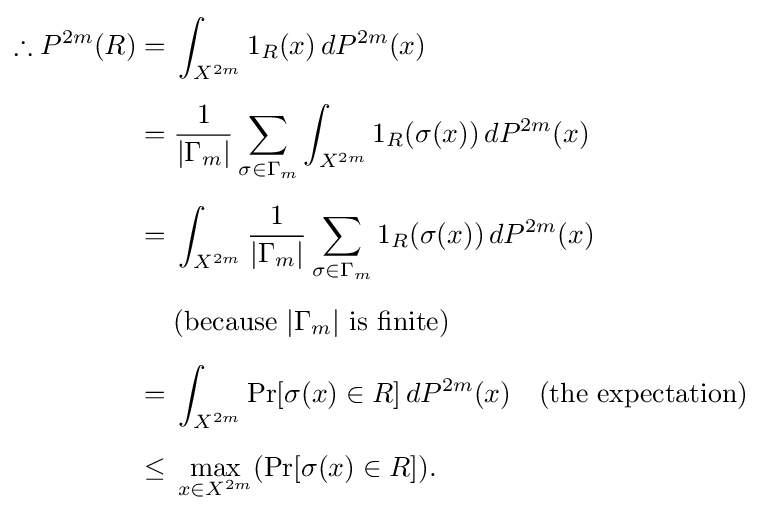
{\begin{aligned}\therefore P^{2m}(R)={}&\int _{X^{2m}}1_{R}(x)\,dP^{2m}(x)\\[5pt]={}&{\frac {1}{|\Gamma _{m}|}}\sum _{\sigma \in \Gamma _{m}}\int _{X^{2m}}1_{R}(\sigma (x))\,dP^{2m}(x)\\[5pt]={}&\int _{X^{2m}}{\frac {1}{|\Gamma _{m}|}}\sum _{\sigma \in \Gamma _{m}}1_{R}(\sigma (x))\,dP^{2m}(x)\\[5pt]&{\text{(because }}|\Gamma _{m}|{\text{ is finite)}}\\[5pt]={}&\int _{X^{2m}}\Pr[\sigma (x)\in R]\,dP^{2m}(x)\quad {\text{(the expectation)}}\\[5pt]\leq {}&\max _{x\in X^{2m}}(\Pr[\sigma (x)\in R]).\end{aligned}}